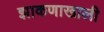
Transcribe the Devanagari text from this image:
झाकणाखाली